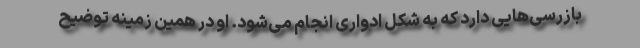
بازرسی‌هایی دارد که به شکل ادواری انجام می‌شود. او در همین زمینه توضیح